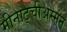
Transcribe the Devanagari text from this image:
मीनाट्चीअम्मन